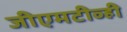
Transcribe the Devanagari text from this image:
जीएमटीव्ही